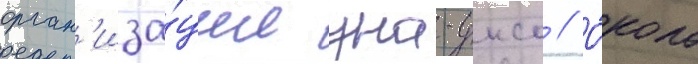
орган'иза́ции уна-унсо // О́коло